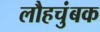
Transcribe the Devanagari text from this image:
लौहचुंबक